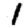
Digit: 1